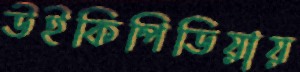
উইকিপিডিয়ায়